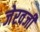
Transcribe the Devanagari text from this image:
जेरवजी